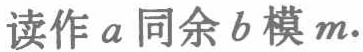
读作 \(a\) 同余 \(b\) 模 \(m\).